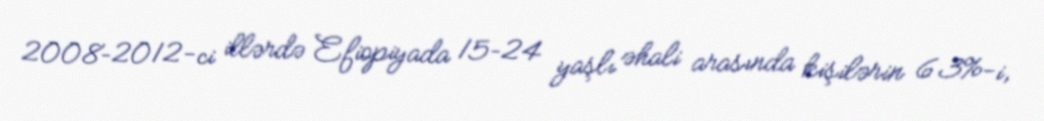
2008–2012-ci illərdə Efiopiyada 15–24 yaşlı əhali arasında kişilərin 63%-i,